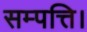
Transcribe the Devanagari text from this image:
सम्पत्ति।